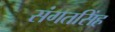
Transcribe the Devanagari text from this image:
संगतसिंह